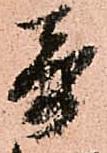
奇